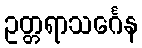
ဥတ္တရာသင်္ဂေန